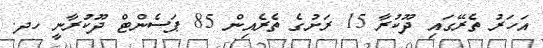
އަހަރު ތެރޭގައި ދޫކުރާ 15 ރަށުގެ ތެރެއިން 85 ޕަސެންޓް ދޫކުރާނީ ހދ.